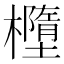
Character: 𣟁